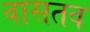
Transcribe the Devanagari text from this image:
वासतव